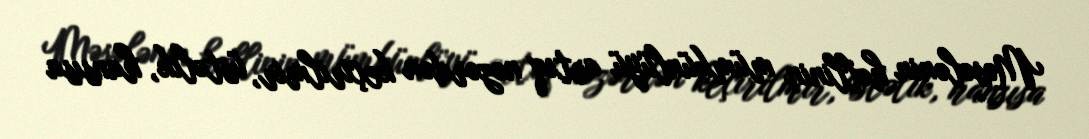
Məsələnin həllinin mümkünlüyü artıq nəzərdən keçirilmir, üstəlik, hansısa